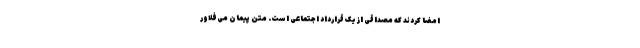
امضا کردند که مصداقی از یک قرارداد اجتماعی است. متن پیمان می‌فلاور